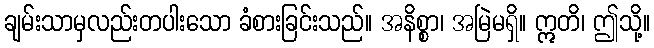
ချမ်းသာမှလည်းတပါးသော ခံစားခြင်းသည်။ အနိစ္စာ၊ အမြဲမရှိ။ ဣတိ၊ ဤသို့။